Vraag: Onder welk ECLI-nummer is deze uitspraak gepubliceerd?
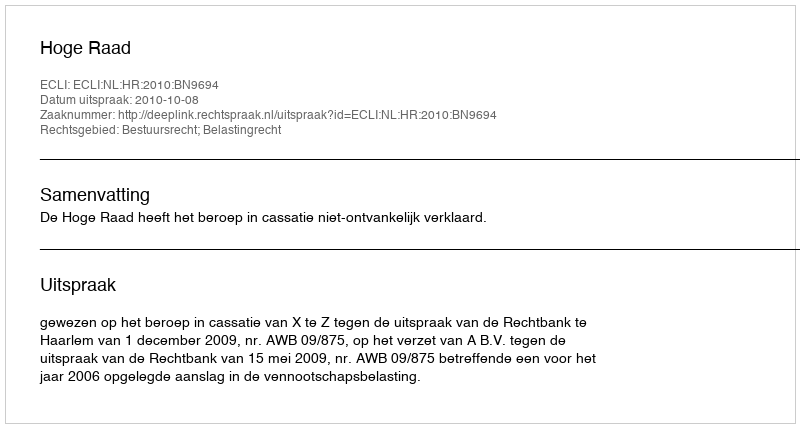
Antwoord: ECLI:NL:HR:2010:BN9694